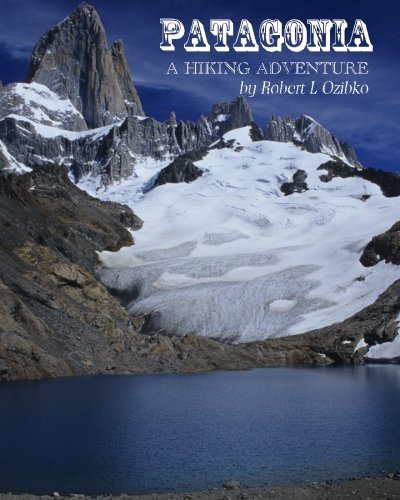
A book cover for Patagonia: A Hiking Adventure; Mr. Robert L Ozibko; Travel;